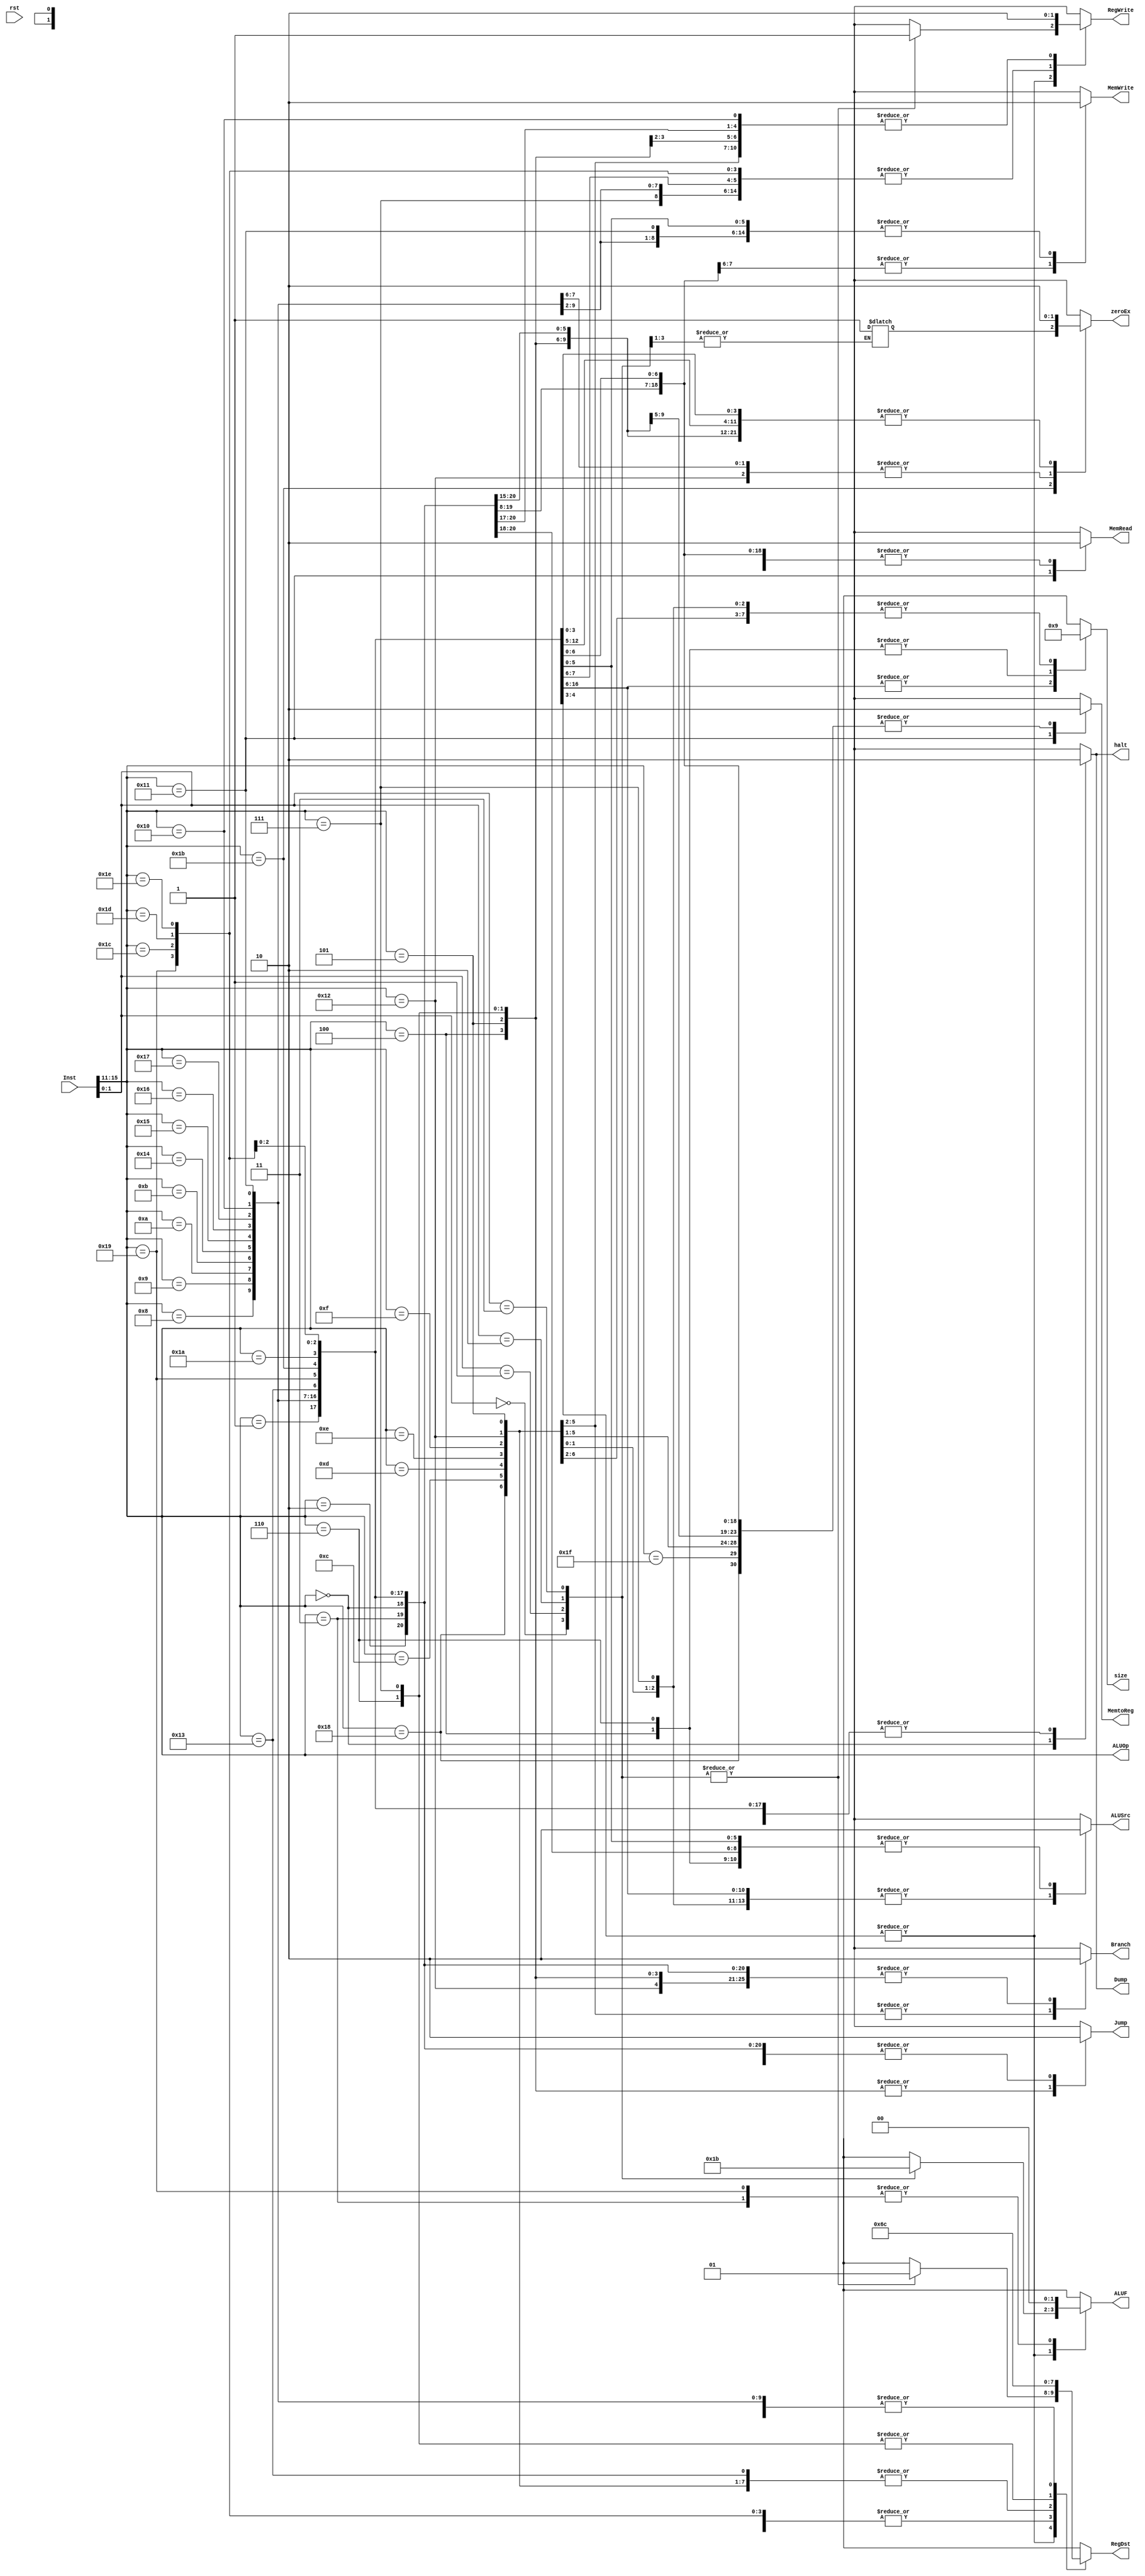
//John Vennard and Nick Ambur
//Control Module
module control(Inst,size,halt,zeroEx,RegDst,Jump,Branch,MemRead
		,MemWrite,ALUOp,ALUF,MemtoReg,
		ALUSrc,RegWrite,Dump,rst);
input [15:0] Inst;
input rst;

output reg [1:0] size;
output [4:0] ALUOp;
output reg [1:0] RegDst,ALUF;
output reg Jump,Branch,zeroEx,halt,MemRead,MemWrite,MemtoReg,ALUSrc,RegWrite,Dump;

reg [1:0] ALUF_tmp, RegDst_tmp, ALUF_tmp2, RegDst_tmp2;
reg RegWrite_tmp, RegWrite_tmp2, zeroEx_tmp;

//Include constant definitions for opcodes 
localparam HALT = 5'b00000;
localparam NOP = 5'b00001;

localparam ADDI = 5'b01000;
localparam SUBI = 5'b01001;
localparam XORI = 5'b01010;
localparam ANDNI = 5'b01011;
localparam ROLI = 5'b10100;
localparam SLLI = 5'b10101;
localparam RORI = 5'b10110;
localparam SRLI = 5'b10111;
localparam ST = 5'b10000;
localparam LD = 5'b10001;
localparam STU = 5'b10011;

localparam BTR = 5'b11001;
localparam ADD_thru_ANDN = 5'b11011;
localparam ROL_thru_SRL = 5'b11010;
localparam SEQ = 5'b11100;
localparam SLT = 5'b11101;
localparam SLE = 5'b11110;
localparam SCO = 5'b11111;

localparam BEQZ = 5'b01100;
localparam BNEZ = 5'b01101;
localparam BLTZ = 5'b01110;
localparam BGEZ = 5'b01111;
localparam LBI = 5'b11000;
localparam SLBI = 5'b10010;

localparam J = 5'b00100;
localparam JR = 5'b00101;
localparam JAL = 5'b00110;
localparam JALR = 5'b00111;

localparam SIIC = 5'b00010;
localparam NOP_RTI = 5'b00011;

//ALUControl
assign ALUOp = Inst[15:11];

//Internal control registers
wire add_r,sub_r,xor_r,andn_r,rol_r,sll_r,ror_r,srl_r;

//R-format instruction select logic
//
//
assign andn_r = (Inst[1]) & (Inst[0]);

assign add_r = (~Inst[1]) & (~Inst[0]);
assign sub_r = (~Inst[1]) & (Inst[0]);
assign xor_r = (Inst[1]) & (~Inst[0]);
assign andn_r = (Inst[1]) & (Inst[0]);
assign rol_r = (~Inst[1]) & (~Inst[0]);
assign sll_r = (~Inst[1]) & (Inst[0]);
assign ror_r = (Inst[1]) & (~Inst[0]);
assign srl_r = (Inst[1]) & (Inst[0]);

// add_thru_andn
always @(*) begin
    casex (Inst[1:0])
        2'b00: begin
            RegDst_tmp = 2'b01; //R-format 
            ALUF_tmp = 2'b00; 	  //same
            RegWrite_tmp = 1'b1; //writing to reg...  

            RegDst_tmp2 = 2'b01; //R-format 
            ALUF_tmp2 = 2'b00; 	  //same
            RegWrite_tmp2 = 1'b1; //writing to reg...  
        end
        2'b01: begin
            RegDst_tmp = 2'b01; //R-format 
            ALUF_tmp = 2'b01; 	  //same
            RegWrite_tmp = 1'b1; //writing to reg...  

            RegDst_tmp2 = 2'b01; //R-format 
            ALUF_tmp2 = 2'b01; 	  //same
            RegWrite_tmp2 = 1'b1; //writing to reg...  
        end
        2'b10: begin
            RegDst_tmp = 2'b01; //R-format 
            ALUF_tmp = 2'b10; 	  //same
            RegWrite_tmp = 1'b1; //writing to reg...  

            RegDst_tmp2 = 2'b01; //R-format 
            ALUF_tmp2 = 2'b10; 	  //same
            RegWrite_tmp2 = 1'b1; //writing to reg...  
        end
        2'b11: begin
            RegDst_tmp = 2'b01; //R-format 
            ALUF_tmp = 2'b11; 	  //same
            RegWrite_tmp = 1'b1; //writing to reg... 
            zeroEx_tmp = 1'b1;

            RegDst_tmp2 = 2'b01; //R-format 
            ALUF_tmp2 = 2'b11; 	  //same
            RegWrite_tmp2 = 1'b1; //writing to reg...  
        end
    endcase
end

//case statement
always @(*) begin
	//default outputs
	size = 2'bxx;
	zeroEx = 1'b0;
	halt = 1'b0;
	RegDst = 2'bxx; 
	Jump = 1'b0;
	Branch = 1'b0;
	MemRead = 1'b0;
	MemWrite = 1'b0;
	ALUF = 2'bxx;
	MemtoReg = 1'b0;
	ALUSrc = 1'b0;
	RegWrite = 1'b0;
	Dump = 1'b0;
	casex(Inst[15:11])
		HALT: begin
		halt = 1'b1; //halts execution by disabling PC FF in fetch stage		
		Dump = 1'b1; 	//Dump Mem File Data
		end

		NOP: begin
		//Output set to Defaults
		RegDst = 2'bxx; 
		ALUF = 2'bxx;
		ALUSrc = 1'bx;
		end

		ADDI: begin
		size = 2'b00;
		RegDst = 2'b00; //correct for I-format 1
		ALUSrc = 1'b1; //1 for sign extended ALU input
		RegWrite = 1'b1; //writing to register...
		end

		SUBI: begin
		size = 2'b00;
		RegDst = 2'b00; //I-format 1 
		ALUSrc = 1'b1; //sign extended input
		RegWrite = 1'b1; //writing to register... 
		end

		XORI: begin
		size = 2'b00;
		zeroEx = 1'b1;
		RegDst = 2'b00; //I-format 1 
		ALUSrc = 1'b1; //sign extended input
		RegWrite = 1'b1; //writing to register... 
		end

		ANDNI: begin
		size = 2'b00;
		zeroEx = 1'b1;
		RegDst = 2'b00; //I-format 1 
		ALUSrc = 1'b1; //sign extended input
		RegWrite = 1'b1; //writing to register... 
		end

		ROLI: begin
		size = 2'b00;
		RegDst = 2'b00; //I-format 1 
		ALUSrc = 1'b1; //sign extended input
		RegWrite = 1'b1; //writing to register... 
		end

		SLLI: begin
		size = 2'b00;
		RegDst = 2'b00; //I-format 1 
		ALUSrc = 1'b1; //sign extended input
		RegWrite = 1'b1; //writing to register... 
		end

		RORI: begin
		size = 2'b00;
		RegDst = 2'b00; //I-format 1 
		ALUSrc = 1'b1; //sign extended input
		RegWrite = 1'b1; //writing to register... 
		end

		SRLI:  begin
		size = 2'b00;
		RegDst = 2'b00; //I-format 1 
		ALUSrc = 1'b1; //sign extended input
		RegWrite = 1'b1; //writing to register... 
		end

		ST:  begin
		size = 2'b00;
		MemWrite = 1'b1; //writing to mem...
        RegDst = 2'b00;
		ALUSrc = 1'b1; 
		end	 	

		LD:  begin
		size = 2'b00;
        RegDst = 2'b00;
        MemWrite = 1'b0;
		MemRead = 1'b1; //reading from mem...
		MemtoReg = 1'b1; //memory to register
		ALUSrc = 1'b1; 
		RegWrite = 1'b1; //writing to reg...  
		end	 		 	

		STU:   begin
		size = 2'b00;
		RegDst = 2'b10; //I-format 1 
		MemWrite = 1'b1; //writing to mem...
		ALUSrc = 1'b1;
        //MemtoReg must equal 0 to pass ALUO val through
        MemtoReg = 1'b0;
		RegWrite = 1'b1; //also writing to register  
		end	 	
	 		 
		//R-format Instructions	
		BTR:   begin
//REMOVE --    So yeah I have no fucking idea what this instruction does
		RegDst = 2'b01; //R-format 
		Jump = 1'b0;
		Branch = 1'b0;
		MemRead = 1'b0;
		MemWrite = 1'b0; 
		ALUF = 2'b00; 	  //same
		MemtoReg = 1'b0;
		ALUSrc = 1'b0; 
		RegWrite = 1'b1; //writing to reg...  
		Dump = 1'b0; 
		end	 	 	

		ADD_thru_ANDN: begin
        RegDst = RegDst_tmp; 
        ALUF = ALUF_tmp;
        RegWrite = RegWrite_tmp;
        zeroEx = zeroEx_tmp;
        end

	 	ROL_thru_SRL: begin
        RegDst = RegDst_tmp2; 
        ALUF = ALUF_tmp2;
        RegWrite = RegWrite_tmp2;
        end	
	
		SEQ: begin
		RegDst = 2'b01; //R-format 
		RegWrite = 1'b1; //writing to reg...  
		end

		SLT: begin
		RegDst = 2'b01; //R-format 
		RegWrite = 1'b1; //writing to reg...  
		end
		
		SLE: begin
		RegDst = 2'b01; //R-format 
		RegWrite = 1'b1; //writing to reg...  
		end

		SCO:  begin
		RegDst = 2'b01; //R-format 
		RegWrite = 1'b1; //writing to reg...  
		end
		
		//I-Format 2 Instructions
		BEQZ: begin
		size = 2'b01;
		RegDst = 2'b10; //I-format 2 
		Branch = 1'b1; 
		end

		BNEZ:  begin
		size = 2'b01;
		RegDst = 2'b10; //I-format 2 
		Branch = 1'b1; //CHANGE
		end

		BLTZ:  begin
		size = 2'b01;
		RegDst = 2'b10; //I-format 2 
		Branch = 1'b1; //CHANGE
		end

		BGEZ:  begin
		size = 2'b01;
		RegDst = 2'b10; //I-format 2 
		Branch = 1'b1; //CHANGE
		end

		LBI: begin
		size = 2'b01;
		RegDst = 2'b10; //I-format 2 
		ALUSrc = 1'bx;	//might have to change 
		RegWrite = 1'b1; //writing to reg...  
		end

		SLBI:  begin
		size = 2'b01;
		RegDst = 2'b10; //I-format 2 
		ALUSrc = 1'b1;	//might have to change 
		RegWrite = 1'b1; //writing to reg... 
        zeroEx = 1'b1;
		end

		//J-Format Instructions
		J: begin
		size = 2'b10;
		Jump = 1'b1;  //jumping... 
		end

		JR:  begin
		size = 2'b01;
		RegDst = 2'b10;	
		Jump = 1'b1;  //jumping...
		ALUSrc = 1'b1; 
		end

		JAL: begin
		size = 2'b10;
		Jump = 1'b1;  //jumping... 
		RegWrite = 1'b1; //writing to reg r7... 
        RegDst = 2'b11;
		end

		JALR: begin
		size = 2'b01;
		RegDst = 2'b11;	
		Jump = 1'b1;  //jumping... 
		ALUSrc = 1'b1;	 
		RegWrite = 1'b1; //writing to reg r7...  
		end

//EXTRA CREDIT
		SIIC: begin
		//SHOULD PRODUCE ILLEGALOP EXCEPTION
		//DEFAULTED IN THIS IMPLEMENTATION
		RegDst = 2'bxx; //Ignored 
		Jump = 1'b0;  
		Branch = 1'b0; 
		MemRead = 1'bx;
		MemWrite = 1'b0; 
		MemtoReg = 1'b0;
		ALUSrc = 1'b0;	 
		RegWrite = 1'b0;  
		end

		NOP_RTI: begin
		//PC <- EPC
		//DEFAULTED IN THIS IMPLEMENTATION
		RegDst = 2'b00; //Ignored 
		Jump = 1'b0;  
		Branch = 1'b0; 
		MemRead = 1'b0;
		MemWrite = 1'b0; 
		ALUF = 2'b00; 	 
		MemtoReg = 1'b0;
		ALUSrc = 1'b0;	 
		RegWrite = 1'b0;  
		Dump = 1'b0; 
		end
		//defaults
	endcase
end

endmodule